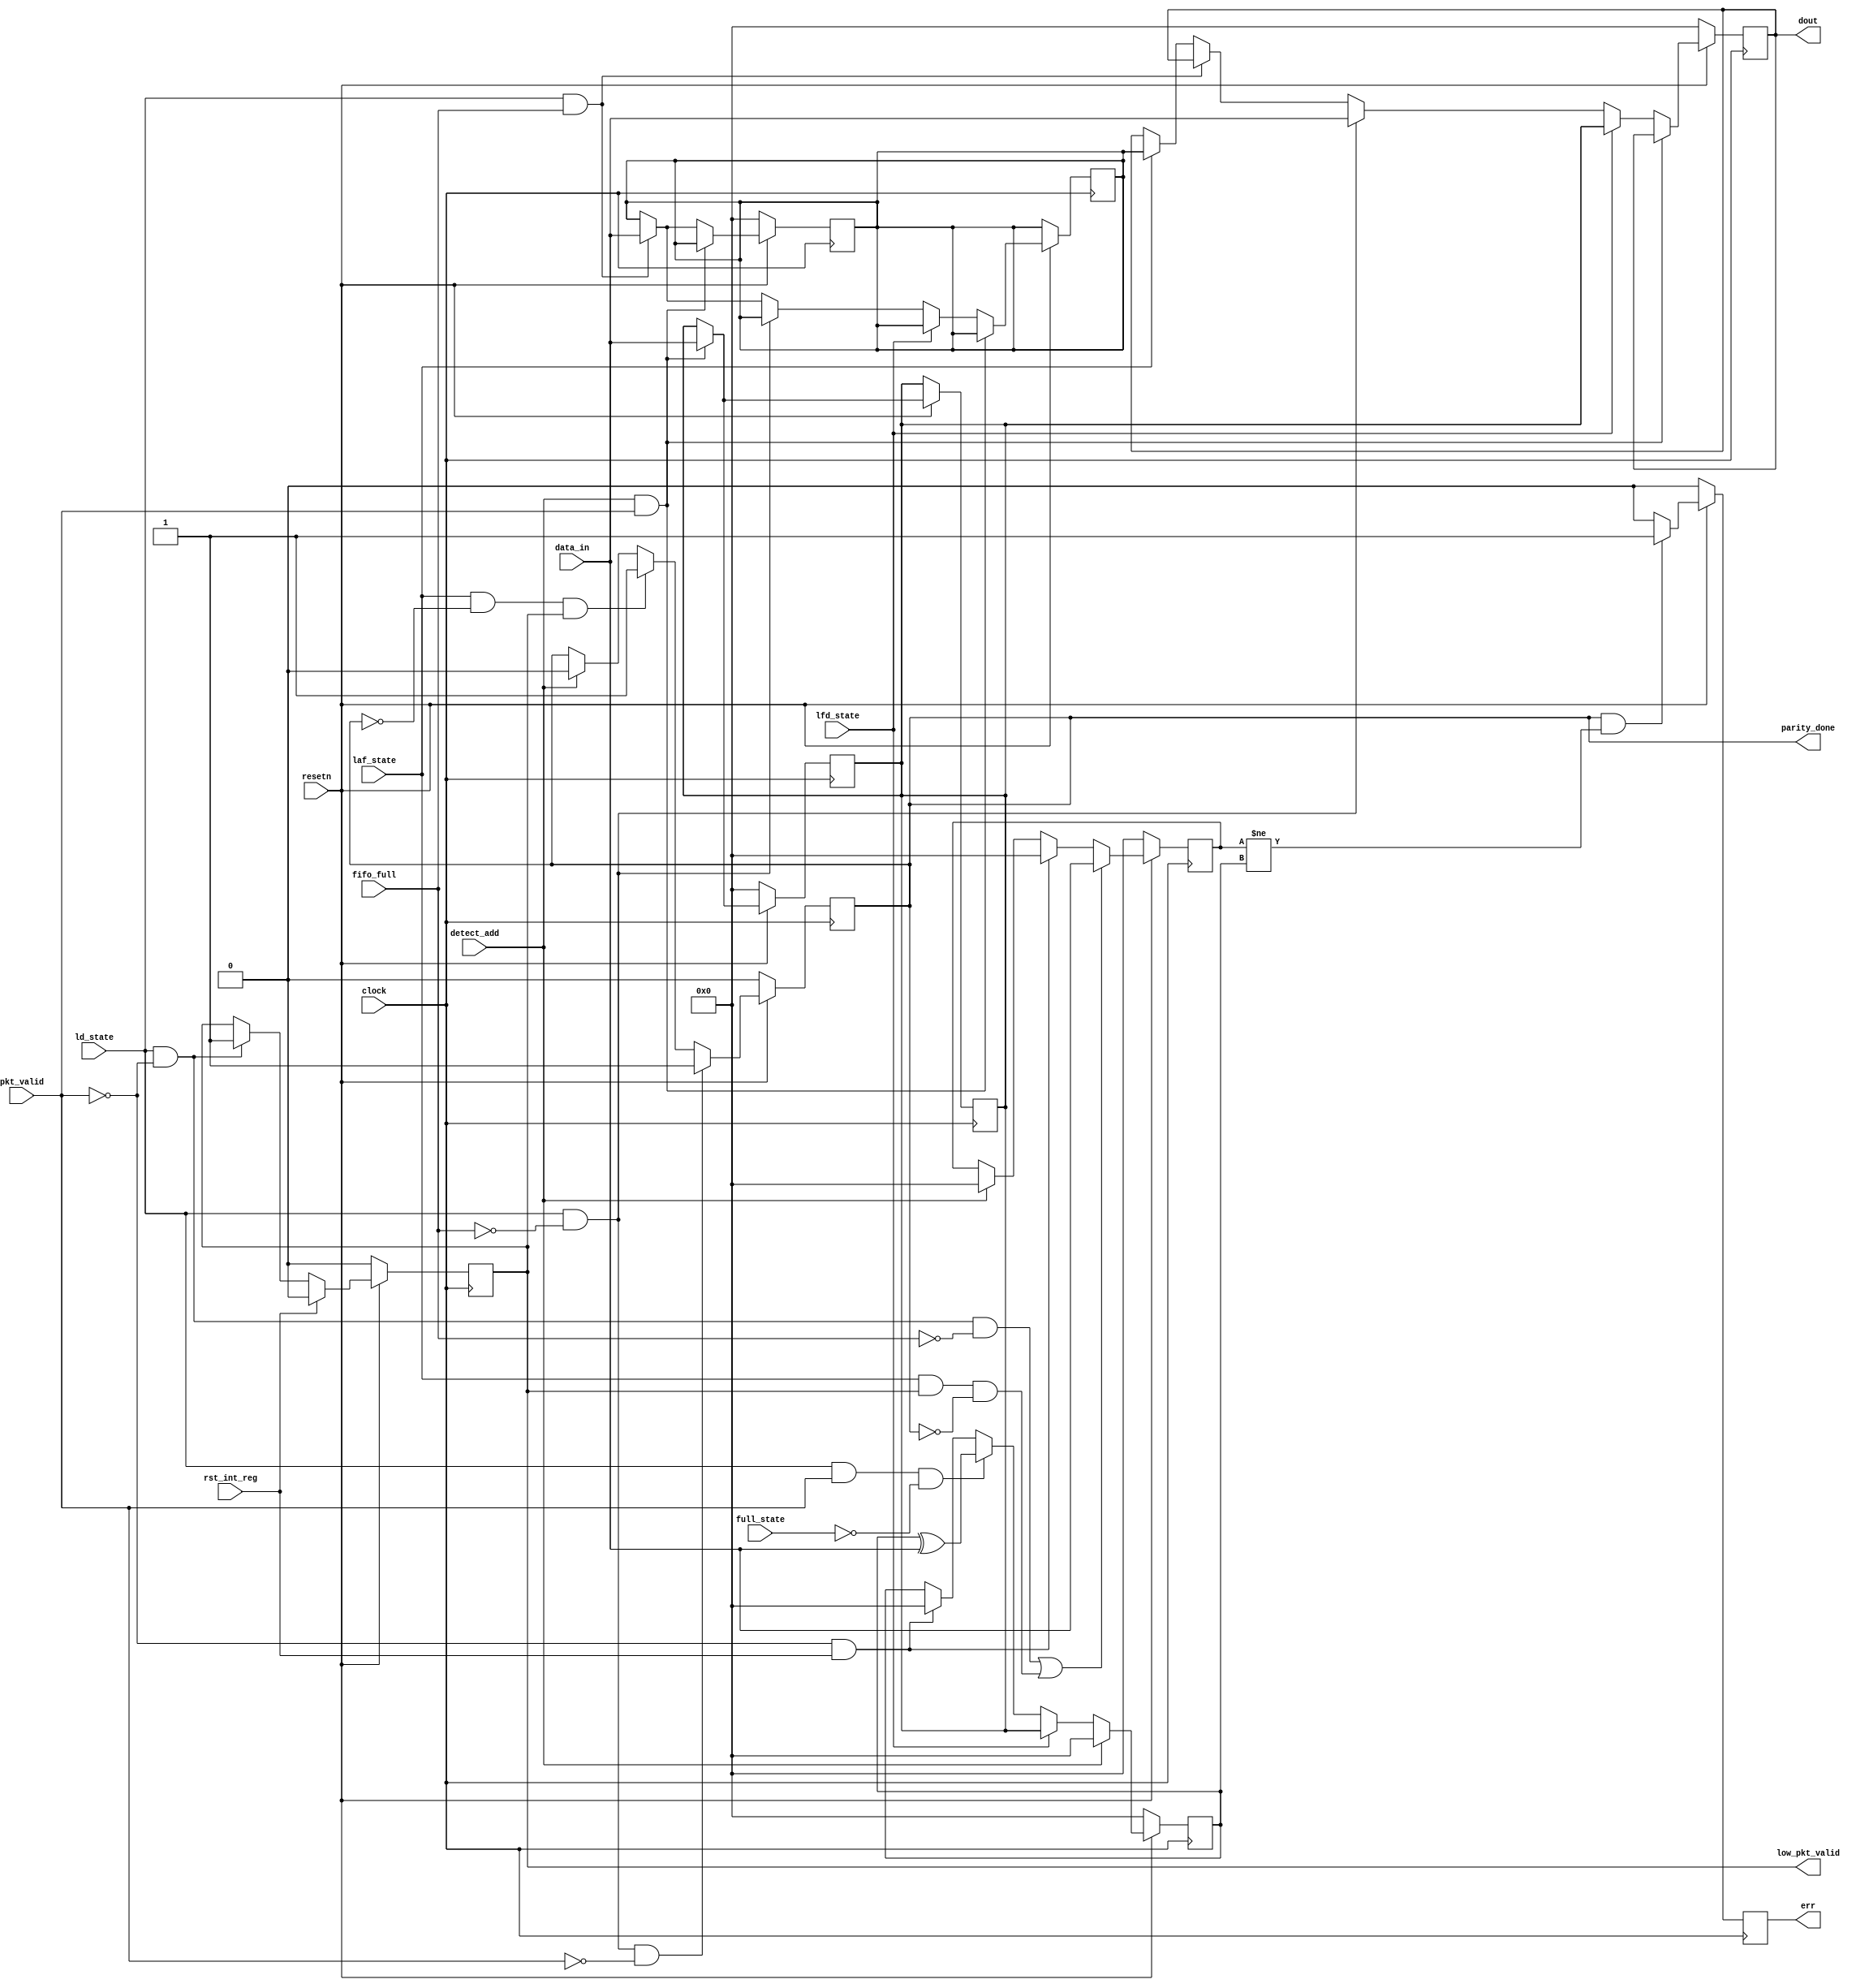
module router_reg(clock,resetn,pkt_valid,data_in,fifo_full,rst_int_reg,
detect_add,ld_state,laf_state,
full_state,lfd_state,parity_done,low_pkt_valid,err,dout);
input clock,resetn,pkt_valid;
input[7:0]data_in;
input fifo_full,rst_int_reg,detect_add,ld_state,laf_state,full_state,lfd_state;
output reg parity_done,low_pkt_valid,err;
output reg[7:0]dout;

//internal registers
reg [7:0]header_byte,fifo_full_state_byte,internal_parity,packet_parity;

//output logic
always@(posedge clock)
begin
if(!resetn)
dout<=8'b0;
else 
begin
if(detect_add && pkt_valid)
header_byte<=data_in;
else if(lfd_state)
dout<=header_byte;
else if(ld_state && !fifo_full)
dout<=data_in;
else if(ld_state && fifo_full)
fifo_full_state_byte<=data_in;
else
begin
if(laf_state)
dout<=fifo_full_state_byte;
end
end
end



//head_byte and fifo_full state byte
always@(posedge clock)
begin
if(!resetn)
{header_byte,fifo_full_state_byte}<=0;
else 
begin
if(pkt_valid && detect_add)
header_byte<=data_in;
else if(ld_state && fifo_full)
fifo_full_state_byte<=data_in;
end
end

//parity_done logic
always@(posedge clock)
begin
if(!resetn)
parity_done<=0;
else 
begin 
if(ld_state && !fifo_full && !pkt_valid)
parity_done<=1'b1;
else if(laf_state && !parity_done && low_pkt_valid)
parity_done<=1'b1;
else
begin
if(detect_add)
parity_done<=1'b0;
end
end
end

//low_pkt_valid
always@(posedge clock)
begin
if(~resetn)
low_pkt_valid<=1'b0;
else 
begin
if(rst_int_reg)
low_pkt_valid<=0;

else if(ld_state==1'b1 && ~pkt_valid)
low_pkt_valid<=1'b1;
end
end

//packet_parity logic
always@(posedge clock)
begin
if(!resetn)
packet_parity<=0;
else if((ld_state && ~pkt_valid && ~fifo_full) || (laf_state && low_pkt_valid && ~parity_done))
packet_parity<=data_in;
else if(~pkt_valid && rst_int_reg)
packet_parity<=0;
else
begin
if(detect_add)
packet_parity=0;
end
end

//internal parity
always@(posedge clock)
begin
if(!resetn)
internal_parity<=0;

else if(detect_add)
internal_parity<=0;

else if(lfd_state)
internal_parity<=header_byte;

else if(ld_state && pkt_valid && ~full_state)
internal_parity<=internal_parity^data_in;

else if(~pkt_valid && rst_int_reg)
internal_parity<=0;

end

//error logic
always@(posedge clock)
begin
if(!resetn)
err<=0;
else 
begin
if(parity_done==1'b1 && (packet_parity!=internal_parity))
err<=1'b1;
else
err<=1'b0;
end
end
endmodule